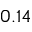
0 . 1 4